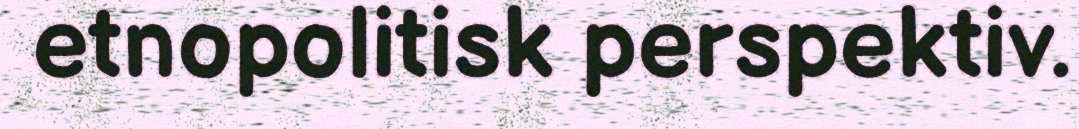
etnopolitisk perspektiv.